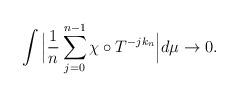
LaTeX: \begin{align*}\int \Big{|}\frac{1}{n} \sum \limits_{j=0}^{n-1} \chi \circ T^{-jk_n}\Big{|} d\mu \rightarrow 0.\end{align*}